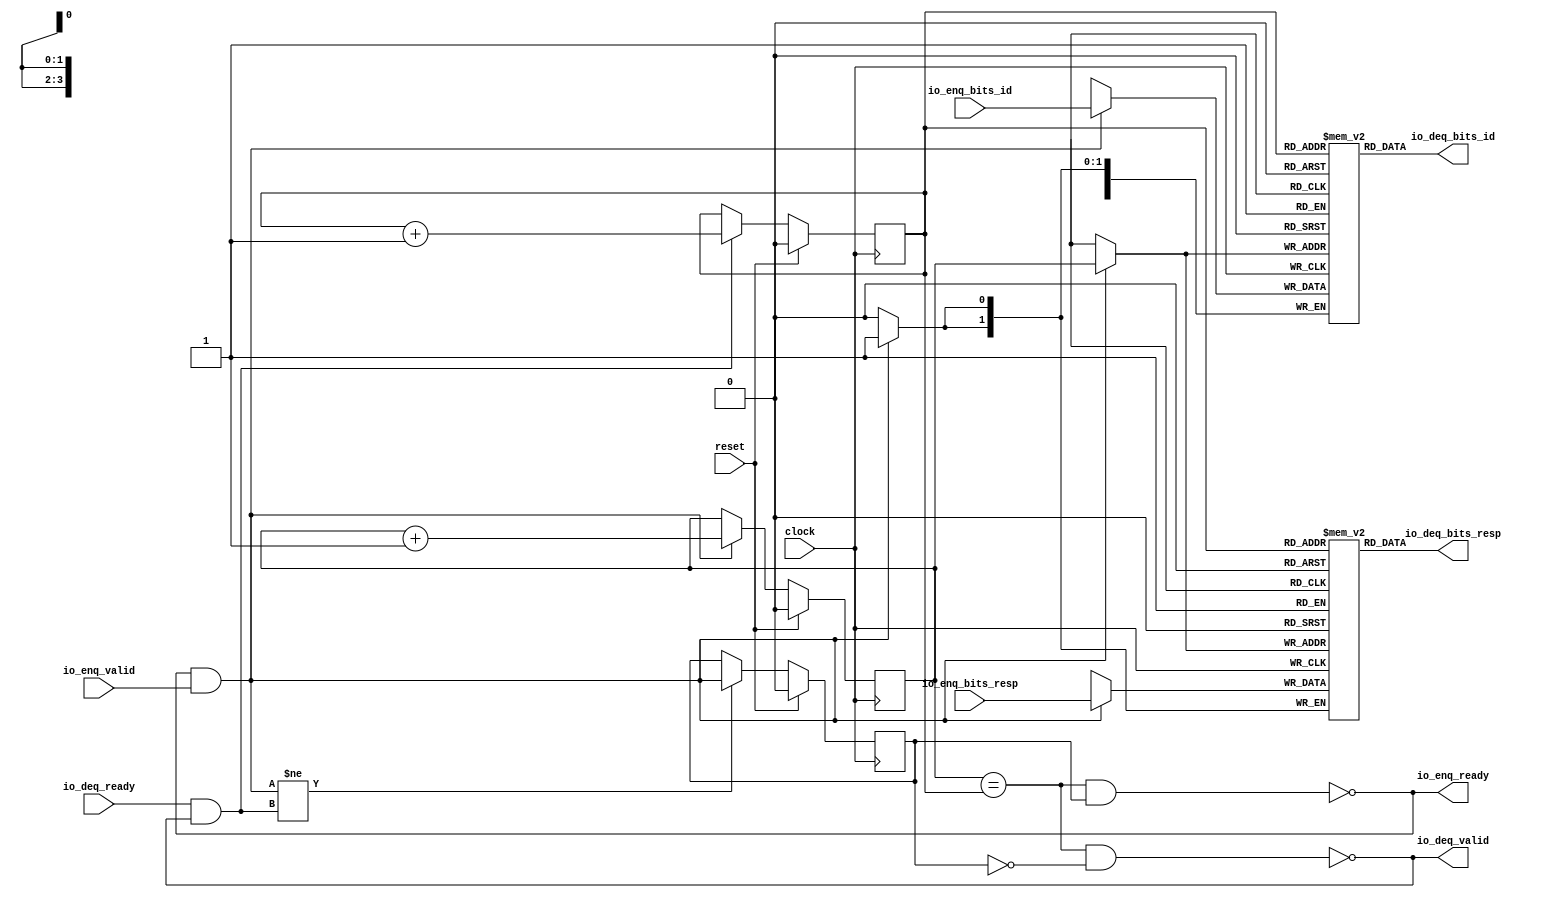
// Copyright (c) 2017, Microsemi Corporation
// All rights reserved.
//
// Redistribution and use in source and binary forms, with or without
// modification, are permitted provided that the following conditions are met:
//     * Redistributions of source code must retain the above copyright
//       notice, this list of conditions and the following disclaimer.
//     * Redistributions in binary form must reproduce the above copyright
//       notice, this list of conditions and the following disclaimer in the
//       documentation and/or other materials provided with the distribution.
//     * Neither the name of the <organization> nor the
//       names of its contributors may be used to endorse or promote products
//       derived from this software without specific prior written permission.
//
// THIS SOFTWARE IS PROVIDED BY THE COPYRIGHT HOLDERS AND CONTRIBUTORS "AS IS" AND
// ANY EXPRESS OR IMPLIED WARRANTIES, INCLUDING, BUT NOT LIMITED TO, THE IMPLIED
// WARRANTIES OF MERCHANTABILITY AND FITNESS FOR A PARTICULAR PURPOSE ARE
// DISCLAIMED. IN NO EVENT SHALL MICROSEMI CORPORATIONM BE LIABLE FOR ANY
// DIRECT, INDIRECT, INCIDENTAL, SPECIAL, EXEMPLARY, OR CONSEQUENTIAL DAMAGES
// (INCLUDING, BUT NOT LIMITED TO, PROCUREMENT OF SUBSTITUTE GOODS OR SERVICES;
// LOSS OF USE, DATA, OR PROFITS; OR BUSINESS INTERRUPTION) HOWEVER CAUSED AND
// ON ANY THEORY OF LIABILITY, WHETHER IN CONTRACT, STRICT LIABILITY, OR TORT
// (INCLUDING NEGLIGENCE OR OTHERWISE) ARISING IN ANY WAY OUT OF THE USE OF THIS
// SOFTWARE, EVEN IF ADVISED OF THE POSSIBILITY OF SUCH DAMAGE.
//
// APACHE LICENSE
// Copyright (c) 2017, Microsemi Corporation 
//
// Licensed under the Apache License, Version 2.0 (the "License");
// you may not use this file except in compliance with the License.
// You may obtain a copy of the License at
//
//    http://www.apache.org/licenses/LICENSE-2.0
//
// Unless required by applicable law or agreed to in writing, software
// distributed under the License is distributed on an "AS IS" BASIS,
// WITHOUT WARRANTIES OR CONDITIONS OF ANY KIND, either express or implied.
// See the License for the specific language governing permissions and
// limitations under the License.
//
// Description:
//
// SVN Revision Information:
// SVN $Revision: $
// SVN $Date: $
//
// Resolved SARs
// SAR      Date     Who   Description
//
// Notes:
//
// ****************************************************************************/
`ifndef RANDOMIZE_REG_INIT 
	 `define RANDOMIZE_REG_INIT 
 `endif
`ifndef RANDOMIZE_MEM_INIT 
	 `define RANDOMIZE_MEM_INIT 
 `endif
`ifndef RANDOMIZE 
	 `define RANDOMIZE 
`endif

`timescale 1ns/10ps
module MiV_AXI_MiV_AXI_0_MIV_RV32IMA_L1_AXI_QUEUE_30( // @[:freechips.rocketchip.system.MivRV32ImaL1AhbConfig.fir@113674.2]
  input        clock, // @[:freechips.rocketchip.system.MivRV32ImaL1AhbConfig.fir@113675.4]
  input        reset, // @[:freechips.rocketchip.system.MivRV32ImaL1AhbConfig.fir@113676.4]
  output       io_enq_ready, // @[:freechips.rocketchip.system.MivRV32ImaL1AhbConfig.fir@113677.4]
  input        io_enq_valid, // @[:freechips.rocketchip.system.MivRV32ImaL1AhbConfig.fir@113677.4]
  input  [3:0] io_enq_bits_id, // @[:freechips.rocketchip.system.MivRV32ImaL1AhbConfig.fir@113677.4]
  input  [1:0] io_enq_bits_resp, // @[:freechips.rocketchip.system.MivRV32ImaL1AhbConfig.fir@113677.4]
  input        io_deq_ready, // @[:freechips.rocketchip.system.MivRV32ImaL1AhbConfig.fir@113677.4]
  output       io_deq_valid, // @[:freechips.rocketchip.system.MivRV32ImaL1AhbConfig.fir@113677.4]
  output [3:0] io_deq_bits_id, // @[:freechips.rocketchip.system.MivRV32ImaL1AhbConfig.fir@113677.4]
  output [1:0] io_deq_bits_resp // @[:freechips.rocketchip.system.MivRV32ImaL1AhbConfig.fir@113677.4]
);
  reg [3:0] ram_id [0:1] /* synthesis syn_ramstyle = "registers" */; // @[Decoupled.scala 211:24:freechips.rocketchip.system.MivRV32ImaL1AhbConfig.fir@113679.4]
  reg [31:0] _RAND_0;
  wire [3:0] ram_id__T_50_data; // @[Decoupled.scala 211:24:freechips.rocketchip.system.MivRV32ImaL1AhbConfig.fir@113679.4]
  wire  ram_id__T_50_addr; // @[Decoupled.scala 211:24:freechips.rocketchip.system.MivRV32ImaL1AhbConfig.fir@113679.4]
  wire [3:0] ram_id__T_36_data; // @[Decoupled.scala 211:24:freechips.rocketchip.system.MivRV32ImaL1AhbConfig.fir@113679.4]
  wire  ram_id__T_36_addr; // @[Decoupled.scala 211:24:freechips.rocketchip.system.MivRV32ImaL1AhbConfig.fir@113679.4]
  wire  ram_id__T_36_mask; // @[Decoupled.scala 211:24:freechips.rocketchip.system.MivRV32ImaL1AhbConfig.fir@113679.4]
  wire  ram_id__T_36_en; // @[Decoupled.scala 211:24:freechips.rocketchip.system.MivRV32ImaL1AhbConfig.fir@113679.4]
  reg [1:0] ram_resp [0:1] /* synthesis syn_ramstyle = "registers" */; // @[Decoupled.scala 211:24:freechips.rocketchip.system.MivRV32ImaL1AhbConfig.fir@113679.4]
  reg [31:0] _RAND_1;
  wire [1:0] ram_resp__T_50_data; // @[Decoupled.scala 211:24:freechips.rocketchip.system.MivRV32ImaL1AhbConfig.fir@113679.4]
  wire  ram_resp__T_50_addr; // @[Decoupled.scala 211:24:freechips.rocketchip.system.MivRV32ImaL1AhbConfig.fir@113679.4]
  wire [1:0] ram_resp__T_36_data; // @[Decoupled.scala 211:24:freechips.rocketchip.system.MivRV32ImaL1AhbConfig.fir@113679.4]
  wire  ram_resp__T_36_addr; // @[Decoupled.scala 211:24:freechips.rocketchip.system.MivRV32ImaL1AhbConfig.fir@113679.4]
  wire  ram_resp__T_36_mask; // @[Decoupled.scala 211:24:freechips.rocketchip.system.MivRV32ImaL1AhbConfig.fir@113679.4]
  wire  ram_resp__T_36_en; // @[Decoupled.scala 211:24:freechips.rocketchip.system.MivRV32ImaL1AhbConfig.fir@113679.4]
  reg  value; // @[Counter.scala 26:33:freechips.rocketchip.system.MivRV32ImaL1AhbConfig.fir@113680.4]
  reg [31:0] _RAND_2;
  reg  value_1; // @[Counter.scala 26:33:freechips.rocketchip.system.MivRV32ImaL1AhbConfig.fir@113681.4]
  reg [31:0] _RAND_3;
  reg  maybe_full; // @[Decoupled.scala 214:35:freechips.rocketchip.system.MivRV32ImaL1AhbConfig.fir@113682.4]
  reg [31:0] _RAND_4;
  wire  _T_28; // @[Decoupled.scala 216:41:freechips.rocketchip.system.MivRV32ImaL1AhbConfig.fir@113683.4]
  wire  _T_30; // @[Decoupled.scala 217:36:freechips.rocketchip.system.MivRV32ImaL1AhbConfig.fir@113684.4]
  wire  empty; // @[Decoupled.scala 217:33:freechips.rocketchip.system.MivRV32ImaL1AhbConfig.fir@113685.4]
  wire  _T_31; // @[Decoupled.scala 218:32:freechips.rocketchip.system.MivRV32ImaL1AhbConfig.fir@113686.4]
  wire  do_enq; // @[Decoupled.scala 30:37:freechips.rocketchip.system.MivRV32ImaL1AhbConfig.fir@113687.4]
  wire  do_deq; // @[Decoupled.scala 30:37:freechips.rocketchip.system.MivRV32ImaL1AhbConfig.fir@113690.4]
  wire [1:0] _T_39; // @[Counter.scala 35:22:freechips.rocketchip.system.MivRV32ImaL1AhbConfig.fir@113698.6]
  wire  _T_40; // @[Counter.scala 35:22:freechips.rocketchip.system.MivRV32ImaL1AhbConfig.fir@113699.6]
  wire  _GEN_5; // @[Decoupled.scala 222:17:freechips.rocketchip.system.MivRV32ImaL1AhbConfig.fir@113693.4]
  wire [1:0] _T_43; // @[Counter.scala 35:22:freechips.rocketchip.system.MivRV32ImaL1AhbConfig.fir@113704.6]
  wire  _T_44; // @[Counter.scala 35:22:freechips.rocketchip.system.MivRV32ImaL1AhbConfig.fir@113705.6]
  wire  _GEN_6; // @[Decoupled.scala 226:17:freechips.rocketchip.system.MivRV32ImaL1AhbConfig.fir@113702.4]
  wire  _T_45; // @[Decoupled.scala 229:16:freechips.rocketchip.system.MivRV32ImaL1AhbConfig.fir@113708.4]
  wire  _GEN_7; // @[Decoupled.scala 229:27:freechips.rocketchip.system.MivRV32ImaL1AhbConfig.fir@113709.4]
  wire  _T_47; // @[Decoupled.scala 233:19:freechips.rocketchip.system.MivRV32ImaL1AhbConfig.fir@113712.4]
  wire  _T_49; // @[Decoupled.scala 234:19:freechips.rocketchip.system.MivRV32ImaL1AhbConfig.fir@113714.4]
  assign ram_id__T_50_addr = value_1;
  assign ram_id__T_50_data = ram_id[ram_id__T_50_addr]; // @[Decoupled.scala 211:24:freechips.rocketchip.system.MivRV32ImaL1AhbConfig.fir@113679.4]
  assign ram_id__T_36_data = io_enq_bits_id;
  assign ram_id__T_36_addr = value;
  assign ram_id__T_36_mask = do_enq;
  assign ram_id__T_36_en = do_enq;
  assign ram_resp__T_50_addr = value_1;
  assign ram_resp__T_50_data = ram_resp[ram_resp__T_50_addr]; // @[Decoupled.scala 211:24:freechips.rocketchip.system.MivRV32ImaL1AhbConfig.fir@113679.4]
  assign ram_resp__T_36_data = io_enq_bits_resp;
  assign ram_resp__T_36_addr = value;
  assign ram_resp__T_36_mask = do_enq;
  assign ram_resp__T_36_en = do_enq;
  assign _T_28 = value == value_1; // @[Decoupled.scala 216:41:freechips.rocketchip.system.MivRV32ImaL1AhbConfig.fir@113683.4]
  assign _T_30 = maybe_full == 1'h0; // @[Decoupled.scala 217:36:freechips.rocketchip.system.MivRV32ImaL1AhbConfig.fir@113684.4]
  assign empty = _T_28 & _T_30; // @[Decoupled.scala 217:33:freechips.rocketchip.system.MivRV32ImaL1AhbConfig.fir@113685.4]
  assign _T_31 = _T_28 & maybe_full; // @[Decoupled.scala 218:32:freechips.rocketchip.system.MivRV32ImaL1AhbConfig.fir@113686.4]
  assign do_enq = io_enq_ready & io_enq_valid; // @[Decoupled.scala 30:37:freechips.rocketchip.system.MivRV32ImaL1AhbConfig.fir@113687.4]
  assign do_deq = io_deq_ready & io_deq_valid; // @[Decoupled.scala 30:37:freechips.rocketchip.system.MivRV32ImaL1AhbConfig.fir@113690.4]
  assign _T_39 = value + 1'h1; // @[Counter.scala 35:22:freechips.rocketchip.system.MivRV32ImaL1AhbConfig.fir@113698.6]
  assign _T_40 = _T_39[0:0]; // @[Counter.scala 35:22:freechips.rocketchip.system.MivRV32ImaL1AhbConfig.fir@113699.6]
  assign _GEN_5 = do_enq ? _T_40 : value; // @[Decoupled.scala 222:17:freechips.rocketchip.system.MivRV32ImaL1AhbConfig.fir@113693.4]
  assign _T_43 = value_1 + 1'h1; // @[Counter.scala 35:22:freechips.rocketchip.system.MivRV32ImaL1AhbConfig.fir@113704.6]
  assign _T_44 = _T_43[0:0]; // @[Counter.scala 35:22:freechips.rocketchip.system.MivRV32ImaL1AhbConfig.fir@113705.6]
  assign _GEN_6 = do_deq ? _T_44 : value_1; // @[Decoupled.scala 226:17:freechips.rocketchip.system.MivRV32ImaL1AhbConfig.fir@113702.4]
  assign _T_45 = do_enq != do_deq; // @[Decoupled.scala 229:16:freechips.rocketchip.system.MivRV32ImaL1AhbConfig.fir@113708.4]
  assign _GEN_7 = _T_45 ? do_enq : maybe_full; // @[Decoupled.scala 229:27:freechips.rocketchip.system.MivRV32ImaL1AhbConfig.fir@113709.4]
  assign _T_47 = empty == 1'h0; // @[Decoupled.scala 233:19:freechips.rocketchip.system.MivRV32ImaL1AhbConfig.fir@113712.4]
  assign _T_49 = _T_31 == 1'h0; // @[Decoupled.scala 234:19:freechips.rocketchip.system.MivRV32ImaL1AhbConfig.fir@113714.4]
  assign io_enq_ready = _T_49;
  assign io_deq_valid = _T_47;
  assign io_deq_bits_id = ram_id__T_50_data;
  assign io_deq_bits_resp = ram_resp__T_50_data;
`ifdef RANDOMIZE
  integer initvar;
  initial begin
    `ifndef verilator
      #0.002 begin end
    `endif
  _RAND_0 = {1{32'b0}};
  `ifdef RANDOMIZE_MEM_INIT
  for (initvar = 0; initvar < 2; initvar = initvar+1)
    ram_id[initvar] = _RAND_0[3:0];
  `endif // RANDOMIZE_MEM_INIT
  _RAND_1 = {1{32'b0}};
  `ifdef RANDOMIZE_MEM_INIT
  for (initvar = 0; initvar < 2; initvar = initvar+1)
    ram_resp[initvar] = _RAND_1[1:0];
  `endif // RANDOMIZE_MEM_INIT
  `ifdef RANDOMIZE_REG_INIT
  _RAND_2 = {1{32'b0}};
  value = _RAND_2[0:0];
  `endif // RANDOMIZE_REG_INIT
  `ifdef RANDOMIZE_REG_INIT
  _RAND_3 = {1{32'b0}};
  value_1 = _RAND_3[0:0];
  `endif // RANDOMIZE_REG_INIT
  `ifdef RANDOMIZE_REG_INIT
  _RAND_4 = {1{32'b0}};
  maybe_full = _RAND_4[0:0];
  `endif // RANDOMIZE_REG_INIT
  end
`endif // RANDOMIZE
  always @(posedge clock) begin
    if(ram_id__T_36_en & ram_id__T_36_mask) begin
      ram_id[ram_id__T_36_addr] <= ram_id__T_36_data; // @[Decoupled.scala 211:24:freechips.rocketchip.system.MivRV32ImaL1AhbConfig.fir@113679.4]
    end
    if(ram_resp__T_36_en & ram_resp__T_36_mask) begin
      ram_resp[ram_resp__T_36_addr] <= ram_resp__T_36_data; // @[Decoupled.scala 211:24:freechips.rocketchip.system.MivRV32ImaL1AhbConfig.fir@113679.4]
    end
    if (reset) begin
      value <= 1'h0;
    end else begin
      if (do_enq) begin
        value <= _T_40;
      end
    end
    if (reset) begin
      value_1 <= 1'h0;
    end else begin
      if (do_deq) begin
        value_1 <= _T_44;
      end
    end
    if (reset) begin
      maybe_full <= 1'h0;
    end else begin
      if (_T_45) begin
        maybe_full <= do_enq;
      end
    end
  end
endmodule